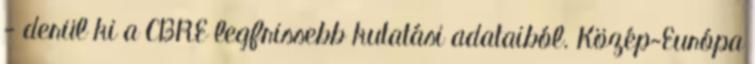
- derül ki a CBRE legfrissebb kutatási adataiból. Közép-Európa